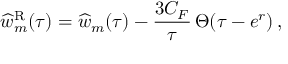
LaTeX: \widehat w _ { m } ^ { \mathrm { R } } ( \tau ) = \widehat w _ { m } ( \tau ) - { \frac { 3 C _ { F } } { \tau } } \, \Theta ( \tau - e ^ { r } ) \, ,